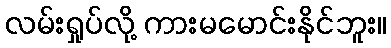
လမ်းရှုပ်လို့ ကားမမောင်းနိုင်ဘူး။